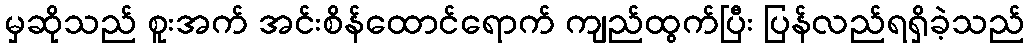
မှဆိုသည် စူးအက် အင်းစိန်ထောင်ရောက် ကျည်ထွက်ပြီး ပြန်လည်ရရှိခဲ့သည်